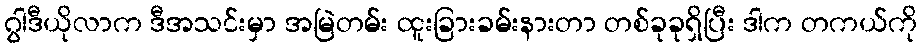
ဂွါဒီယိုလာက ဒီအသင်းမှာ အမြဲတမ်း ထူးခြားခမ်းနားတာ တစ်ခုခုရှိပြီး ဒါက တကယ်ကို